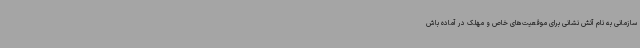
سازمانی به نام آتش نشانی برای موقعیت‌های خاص و مهلک در آماده باش